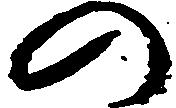
の